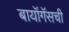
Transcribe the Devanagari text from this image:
बायॉगॅसची